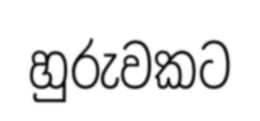
හුරුවකට